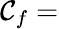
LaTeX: \mathcal{C}_{f}=